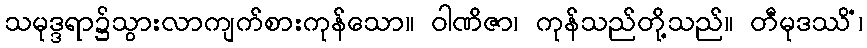
သမုဒ္ဒရာ၌သွားလာကျက်စားကုန်သော။ ဝါဏိဇာ၊ ကုန်သည်တို့သည်။ တီမုဒဿိံ၊